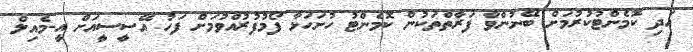
އަދި ކޮމެންޓުކުރުމަށް ބޭނުންވާ ފަރާތްތަކުން ކޮމެންޓު ހުށަހަޅާ ފޯމުފުރުއްވުމަށް ފަހު އޭސީސީއަށް އީ-މެއިލް